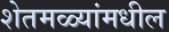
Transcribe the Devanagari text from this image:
शेतमळ्यांमधील